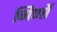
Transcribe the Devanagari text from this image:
गिणों